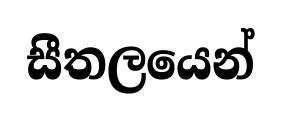
සීතලයෙන්